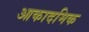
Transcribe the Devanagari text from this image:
आकादमिक